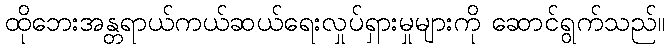
ထိုဘေးအန္တရာယ်ကယ်ဆယ်ရေးလှုပ်ရှားမှုများကို ဆောင်ရွက်သည်။